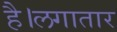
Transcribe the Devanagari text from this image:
है।लगातार